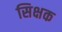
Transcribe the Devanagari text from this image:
सिक्षक